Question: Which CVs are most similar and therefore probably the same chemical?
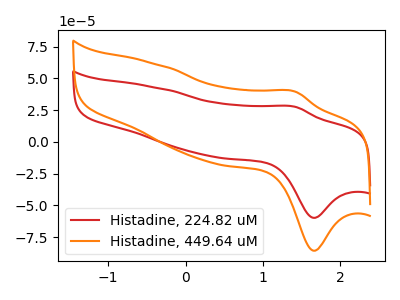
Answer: <think>The red curve "Histadine, 224.82 uM" has an anodic peak at (1.40V, 27.55uA) and a cathodic peak at (1.65V, -59.75uA). The orange curve "Histadine, 449.64 uM" has an anodic peak at (1.40V, 39.45uA) and a cathodic peak at (1.65V, -85.65uA).
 All the peaks in "Histadine, 224.82 uM" have a peak in "Histadine, 449.64 uM" at the same potential. Every peak in "Histadine, 224.82 uM" is lower than every peak in "Histadine, 449.64 uM".</think>
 <answer>"Histadine, 224.82 uM" and "Histadine, 449.64 uM" have the same shape and are likely CV's of the same chemical.</answer>
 <eval>"Histadine, 224.82 uM" "Histadine, 449.64 uM"</eval>